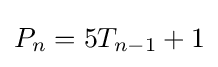
P_{n}=5T_{n-1}+1